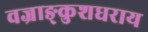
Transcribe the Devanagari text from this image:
वज्राङ्कुशधराय